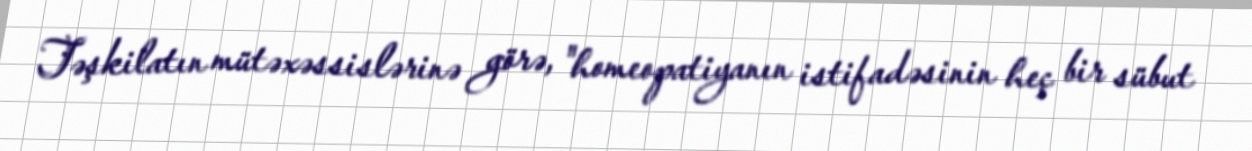
Təşkilatın mütəxəssislərinə görə, "homeopatiyanın istifadəsinin heç bir sübut